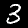
Digit: 3